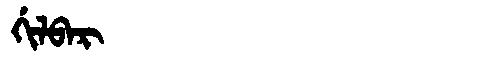
Manchu: ᡤᡳᠯᠪᠠᡵ
Romanization: GILBAR